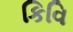
કિવિ